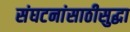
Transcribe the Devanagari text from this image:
संघटनांसाठीसुद्धा